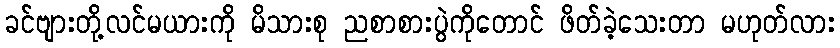
ခင်ဗျားတို့လင်မယားကို မိသားစု ညစာစားပွဲကိုတောင် ဖိတ်ခဲ့သေးတာ မဟုတ်လား